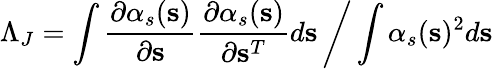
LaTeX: \Lambda_{J}=\left.\int\frac{\partial\alpha_{s}(\mathbf{s})}{\partial\mathbf{s}}\frac{\partial\alpha_{s}(\mathbf{s})}{\partial\mathbf{s}^{T}}d\mathbf{s}\, \middle/\, \int\alpha_{s}(\mathbf{s})^{2}d\mathbf{s}\right.